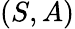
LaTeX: (S,A)